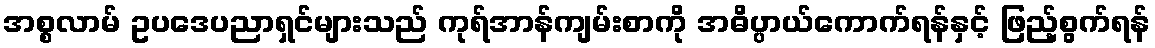
အစ္စလာမ် ဥပဒေပညာရှင်များသည် ကုရ်အာန်ကျမ်းစာကို အဓိပ္ပာယ်ကောက်ရန်နှင့် ဖြည့်စွက်ရန်